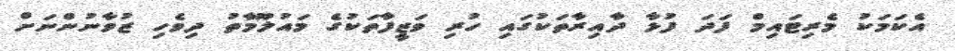
އެކަމަކު މެރިޓައިމް ފަދަ ފުޅާ ދާއިރާތަކުގައި ހުރި ވަޒީފާތަކުގެ މައުލޫމާތު ދިވެހި ޒުވާނުންނަށް